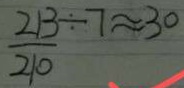
\frac { 2 1 3 } { 2 1 0 } \div 7 \approx 3 0